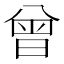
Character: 曾